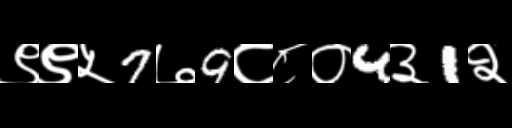
Text: ९९५7७9८८०4३1२